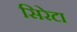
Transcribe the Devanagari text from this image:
सिरेटा